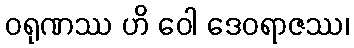
ဝရုဏဿ ဟိ ဝေါ ဒေဝရာဇဿ၊